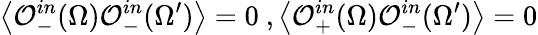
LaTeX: \left<\mathcal{O}_{-}^{in}(\Omega)\mathcal{O}_{-}^{in}(\Omega^{\prime})\right>=0\ ,\left<\mathcal{O}_{+}^{in}(\Omega)\mathcal{O}_{-}^{in}(\Omega^{\prime})\right>=0